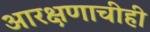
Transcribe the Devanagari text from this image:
आरक्षणाचीही